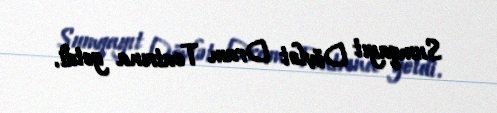
Sumqayıt Dövlət Dram Teatrına getdi.